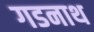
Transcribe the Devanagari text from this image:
गडनाथ